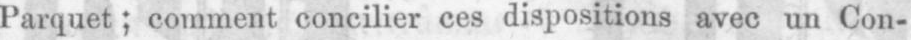
Parquet; comment concilier ces dispositions avec un Con-